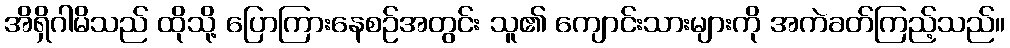
အိရှိဂါမိသည် ထိုသို့ ပြောကြားနေစဉ်အတွင်း သူ၏ ကျောင်းသားများကို အကဲခတ်ကြည့်သည်။